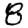
Digit: 8